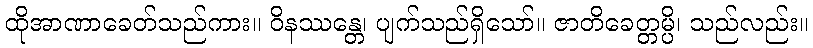
ထိုအာဏာခေတ်သည်ကား။ ဝိနဿန္တေ၊ ပျက်သည်ရှိသော်။ ဇာတိခေတ္တမ္ပိ၊ သည်လည်း။